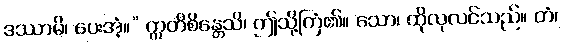
ဒဿာမိ၊ ပေးအံ့။” ဣတိစိန္တေသိ၊ ဤသို့ကြံ၏။ သော၊ ထိုလုလင်သည်။ တံ၊